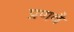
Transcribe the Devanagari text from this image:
प्रणवै